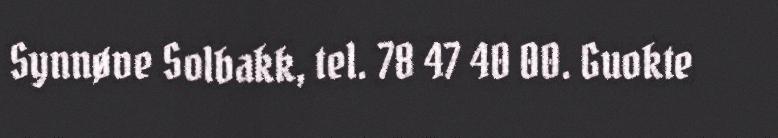
Synnøve Solbakk, tel. 78 47 40 00. Guokte